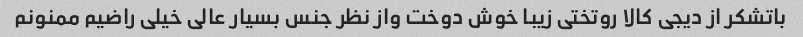
باتشکر از دیجی کالا روتختی زیبا خوش دوخت واز نظر جنس بسیار عالی خیلی راضیم ممنونم